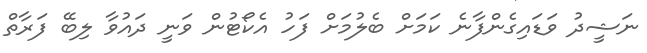
ނަޝީދު ވަޑައިގެންފާނެ ކަމަށް ބެލުމަށް ފަހު އެކޯޓުން ވަނީ ދައުވާ ލިބޭ ފަރާތް